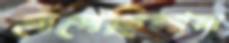
মেপেছিলাম